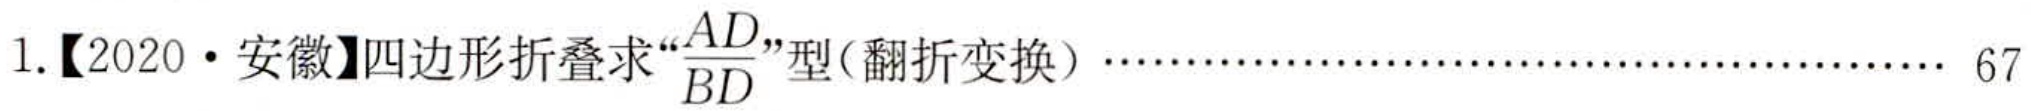
1.【2020·安徽】四边形折叠求“\(\frac{AD}{BD}\)”型(翻折变换)……………………………………………… 67